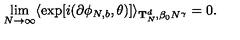
\lim _ { N \rightarrow \infty } \langle \exp [ i ( \partial \phi _ { N , b } , \theta ) ] \rangle _ { { \bf T } _ { N } ^ { d } , \beta _ { 0 } N ^ { \gamma } } = 0 .